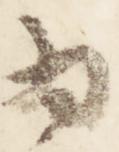
為